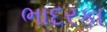
ભાદરકા